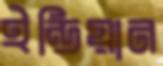
ইন্ডিয়ান